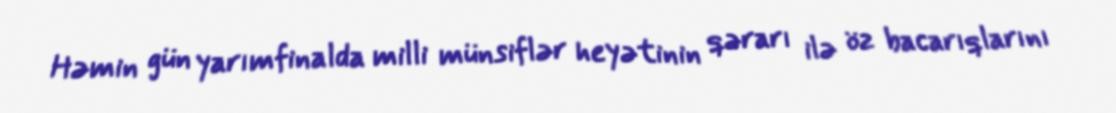
Həmin gün yarımfinalda milli münsiflər heyətinin qərarı ilə öz bacarıqlarını